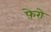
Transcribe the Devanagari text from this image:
फ़ेरो